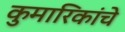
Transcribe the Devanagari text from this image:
कुमारिकांचे